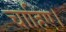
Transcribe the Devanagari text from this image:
चाहिए।